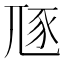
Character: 豗